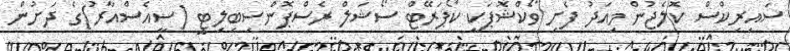
ސައިރިކްސް ކޮލެޖުން މިއަދު ފެށި ވޯކްޝޮޕަކީ ކޯޕަރޭޓް ސޯޝަލް ރެސްޕޮންސިބިލިޓީ (ސީއެސްއާރު)ގެ ދަށުން